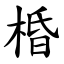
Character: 棔